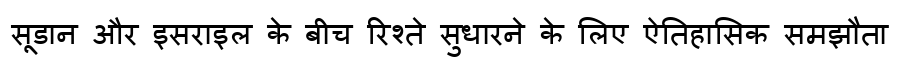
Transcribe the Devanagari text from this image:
सूडान और इसराइल के बीच रिश्ते सुधारने के लिए ऐतिहासिक समझौता